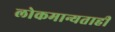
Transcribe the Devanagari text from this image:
लोकमान्यताही